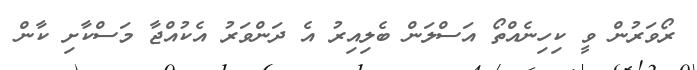
ރޯވަރުން ވީ ކިހިނެއްތޯ އަސްލަން ބެލިއިރު އެ ދަންވަރު އެކުއްޖާ މަސްކާށި ކާން